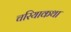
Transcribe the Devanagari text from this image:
चरियाकथा